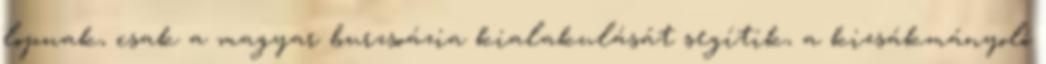
lopnak, csak a magyar burzsoázia kialakulását segítik, a kizsákmányoló